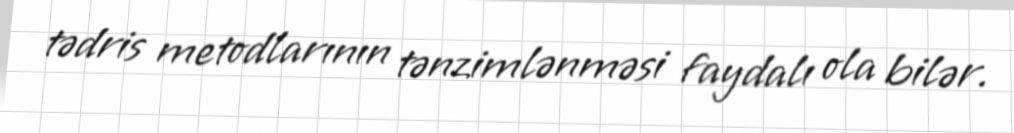
tədris metodlarının tənzimlənməsi faydalı ola bilər.